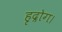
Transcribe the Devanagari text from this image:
हृद्रोग।